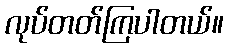
လုပ်တတ်ကြပါတယ်။